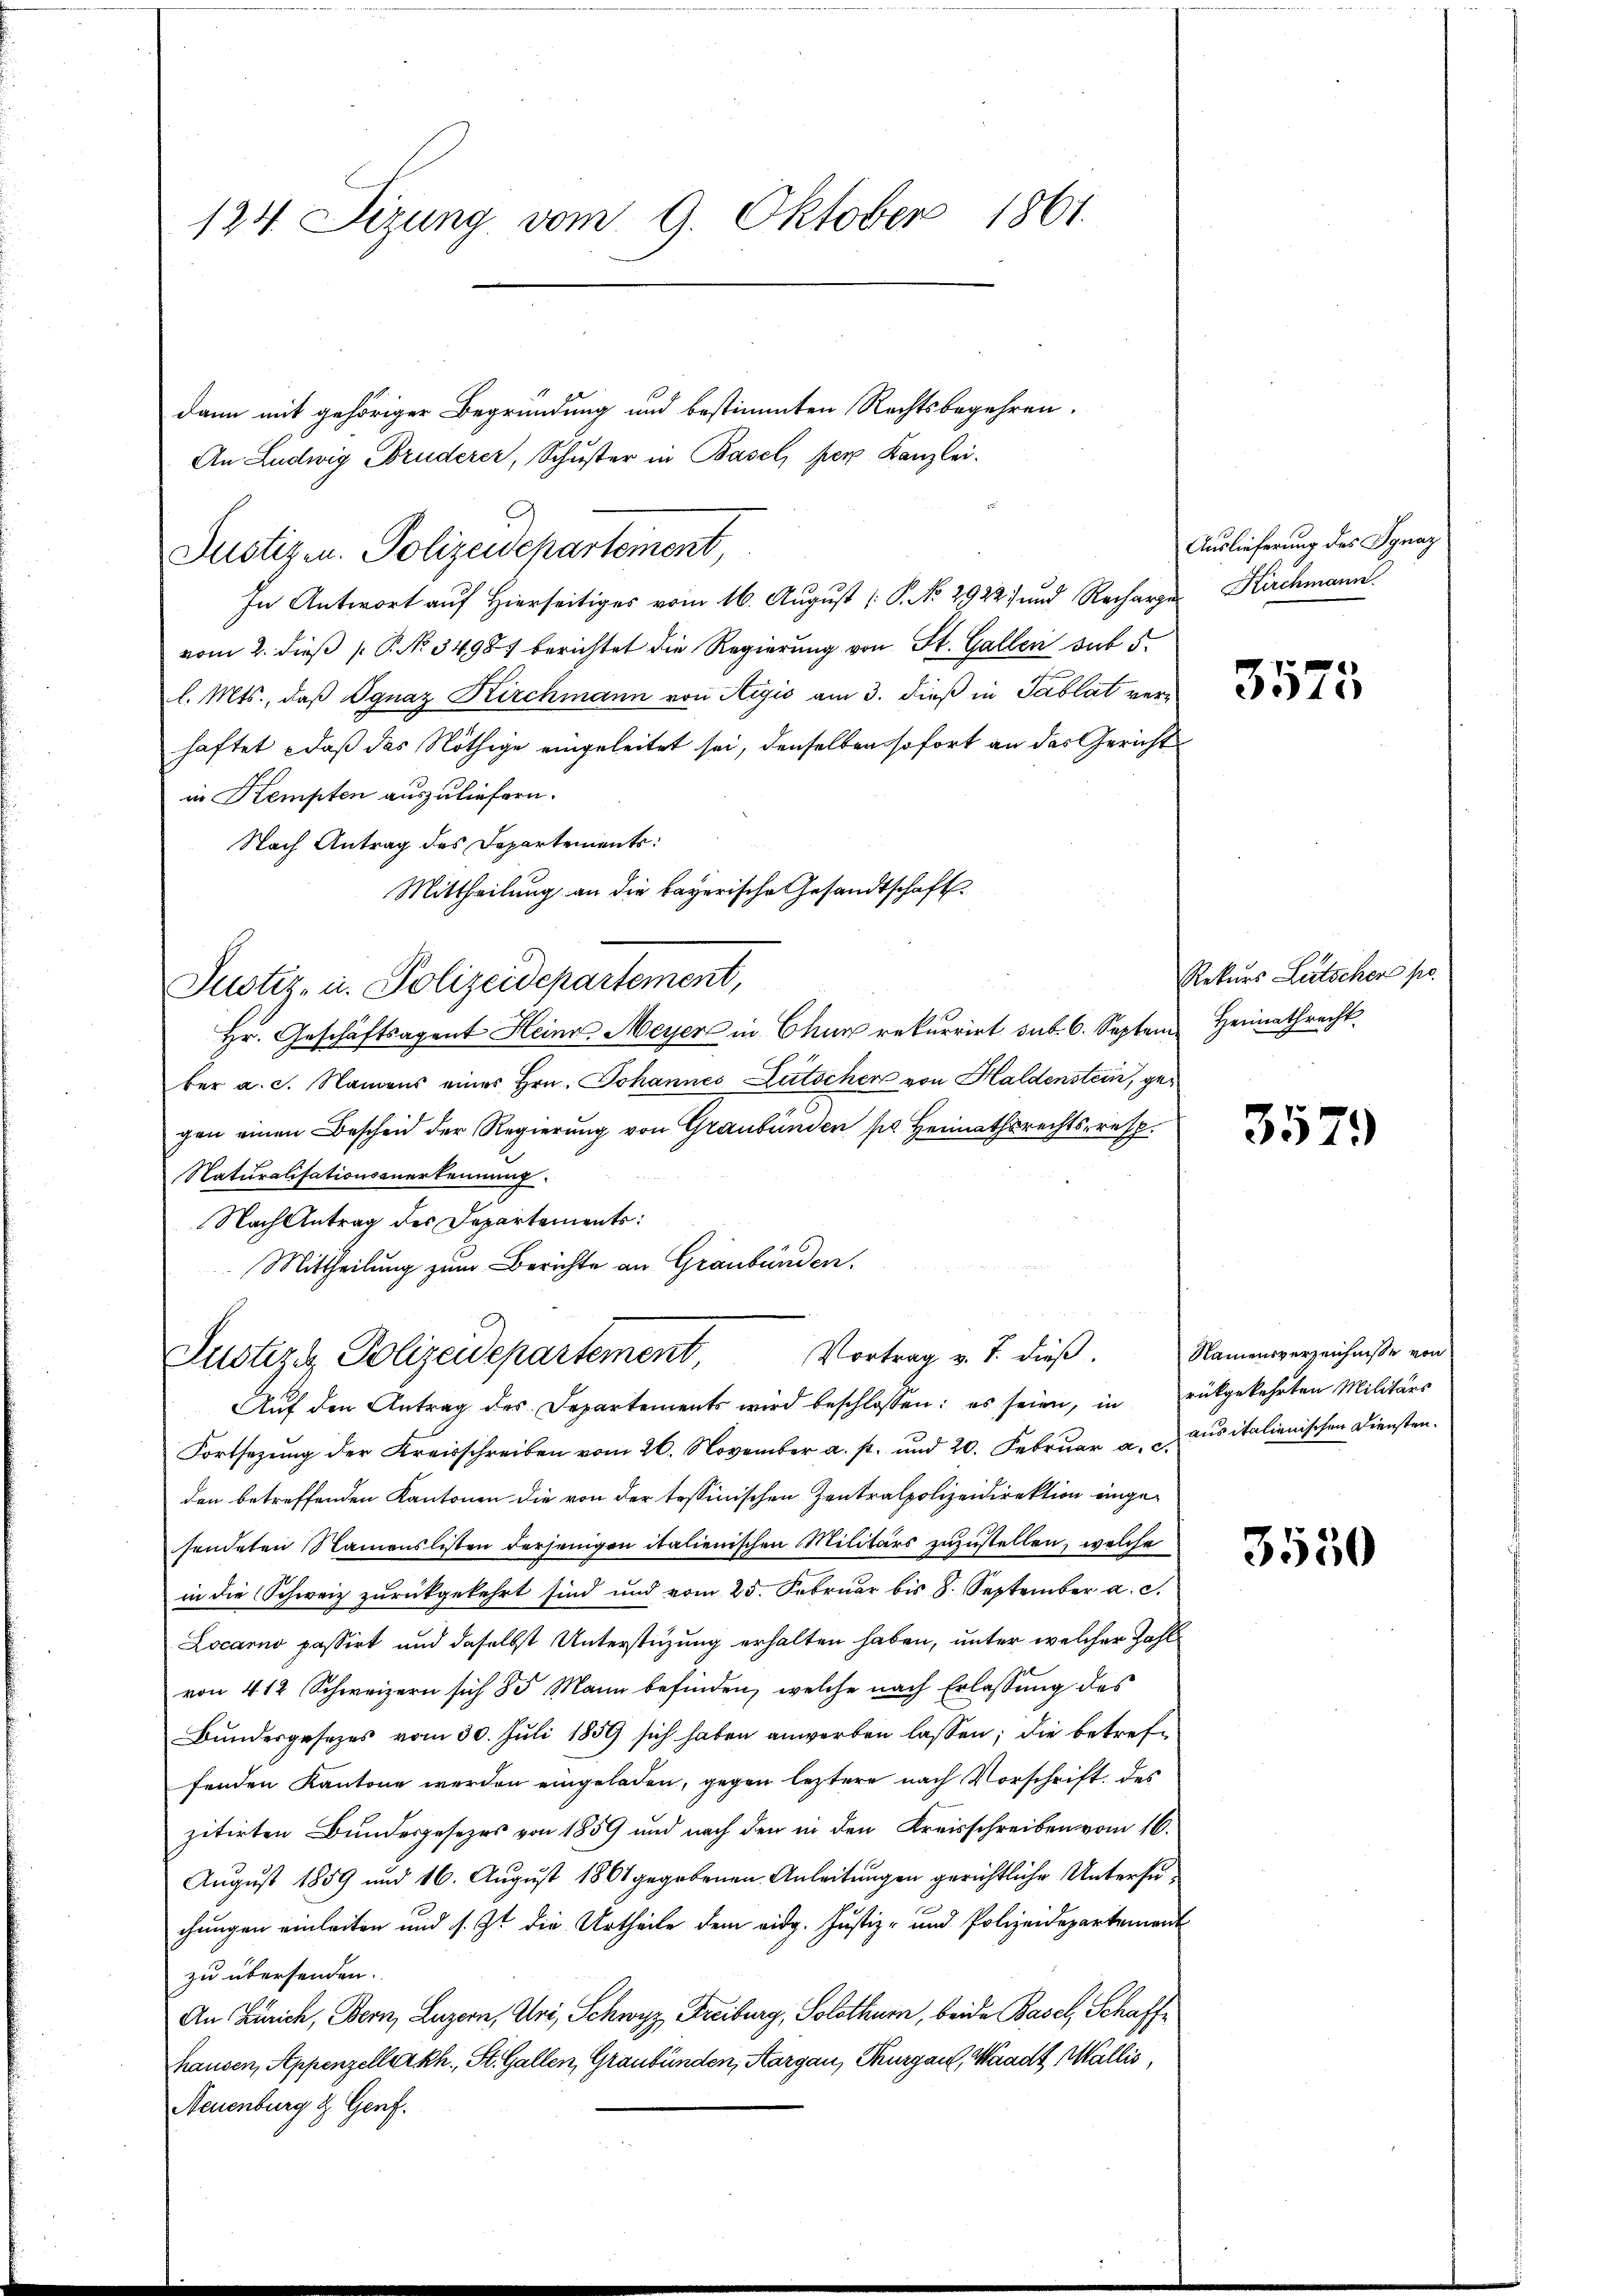
124. Sizung vom 9. Oktober 1861

dann mit gehöriger Begründung und bestimmten Rechtsbegehren.
An Ludwig Bruderer, Schuster in Basel, per Kanzlei.
Justizen. Polizeidepartement,
In Antwort auf Hierseitiges vom 16. August [P. No 2922 und Rechargevom 2. dieß P. No 34981 berichtet die Regierung von St. Gallen sub 5
l. Mts., daß Ignaz Kirchmann von Aigić am 3. dieß in Tablat verhaftet, daß das Nöthige eingeleitet sei, denselben sofort an das Gericht
in Kempten auszuliefern.
Nach Antrag des Departements:
Mittheilung an die bayerische Gesandtschaft
Justiz- u. Polizeidepartement,
Hr. Geschäftsagent Heinr. Meyer in Chur rekurrirt sub. 6. Septem Heimathrecht
ber a. c. Namens eines Hrn. Johannes Lutscher von Haldenstein, gegen einen Bescheid der Regierŭng von Graubünden pr. Heimathsrechts-resp.
Naturalisationsanerkennung.
Nach Antrag des Departements:
Mittheilung zum Berichte an Graubünden.

Vortrag v. J. dieß.
Justiz & Polizeidepartement,

Aŭf den Antrag des Departements wird beschlossen: es seien, in rükgekehrten Militärs
Fortsezung der Kreisschreiben vom 26. November a. p. und 20. Februar a. aus italienischen Dienstenden betreffenden Kantonen die von der tessinischen Zentralpolizeidirektion eingesendeten Namenslisten derjenigen italienischen Militärs zuzustellen, welche
in die Schweiz zurückgekehrt sind und vom 25. Februar bis 8. September a. c.
Locarno passirt und daselbst Unterstüzung erhalten haben, unter welcher Zahl
von 412 Schweizern sich 85 Mann befinden, welche nach Erlassung des
Bundesgesezes vom 30. Juli 1859 sich haben anwerben lassen; die betreffenden Kantone werden eingeladen, gegen leztere nach Vorschrift des
zitirten Bundesgesezes von 1859 und nach den in den Kreisschreiben vom 16.
August 1859 und 16. August 1861 gegebenen Anleitungen gerichtliche Untersuchungen einleiten und s. Zt. die Urtheile dem eidg. Justiz- und Polizeidepartement
zu übersenden.
An Zürich, Bern, Luzern, Uri, Schwyz, Freiburg, Solothurn, beide Basel, Schaffhausen, Appenzellarkh, St. Gallen, Graubünden, Aargau, Thurgau, Waadt Wallis
Neuenburg & Genf.

Auslieferung des Ignaz
Kirchmann.

3573

Rekurs Litscher pr.

357

Namensverzeichnisse von

3550